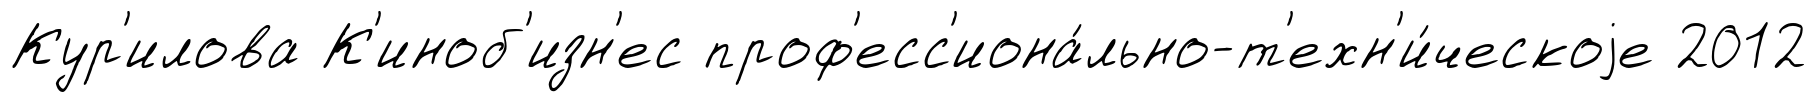
Кур'илова К'иноб'изн'ес проф'есс'иона́льно-т'ехн'и́ческоjе 2012